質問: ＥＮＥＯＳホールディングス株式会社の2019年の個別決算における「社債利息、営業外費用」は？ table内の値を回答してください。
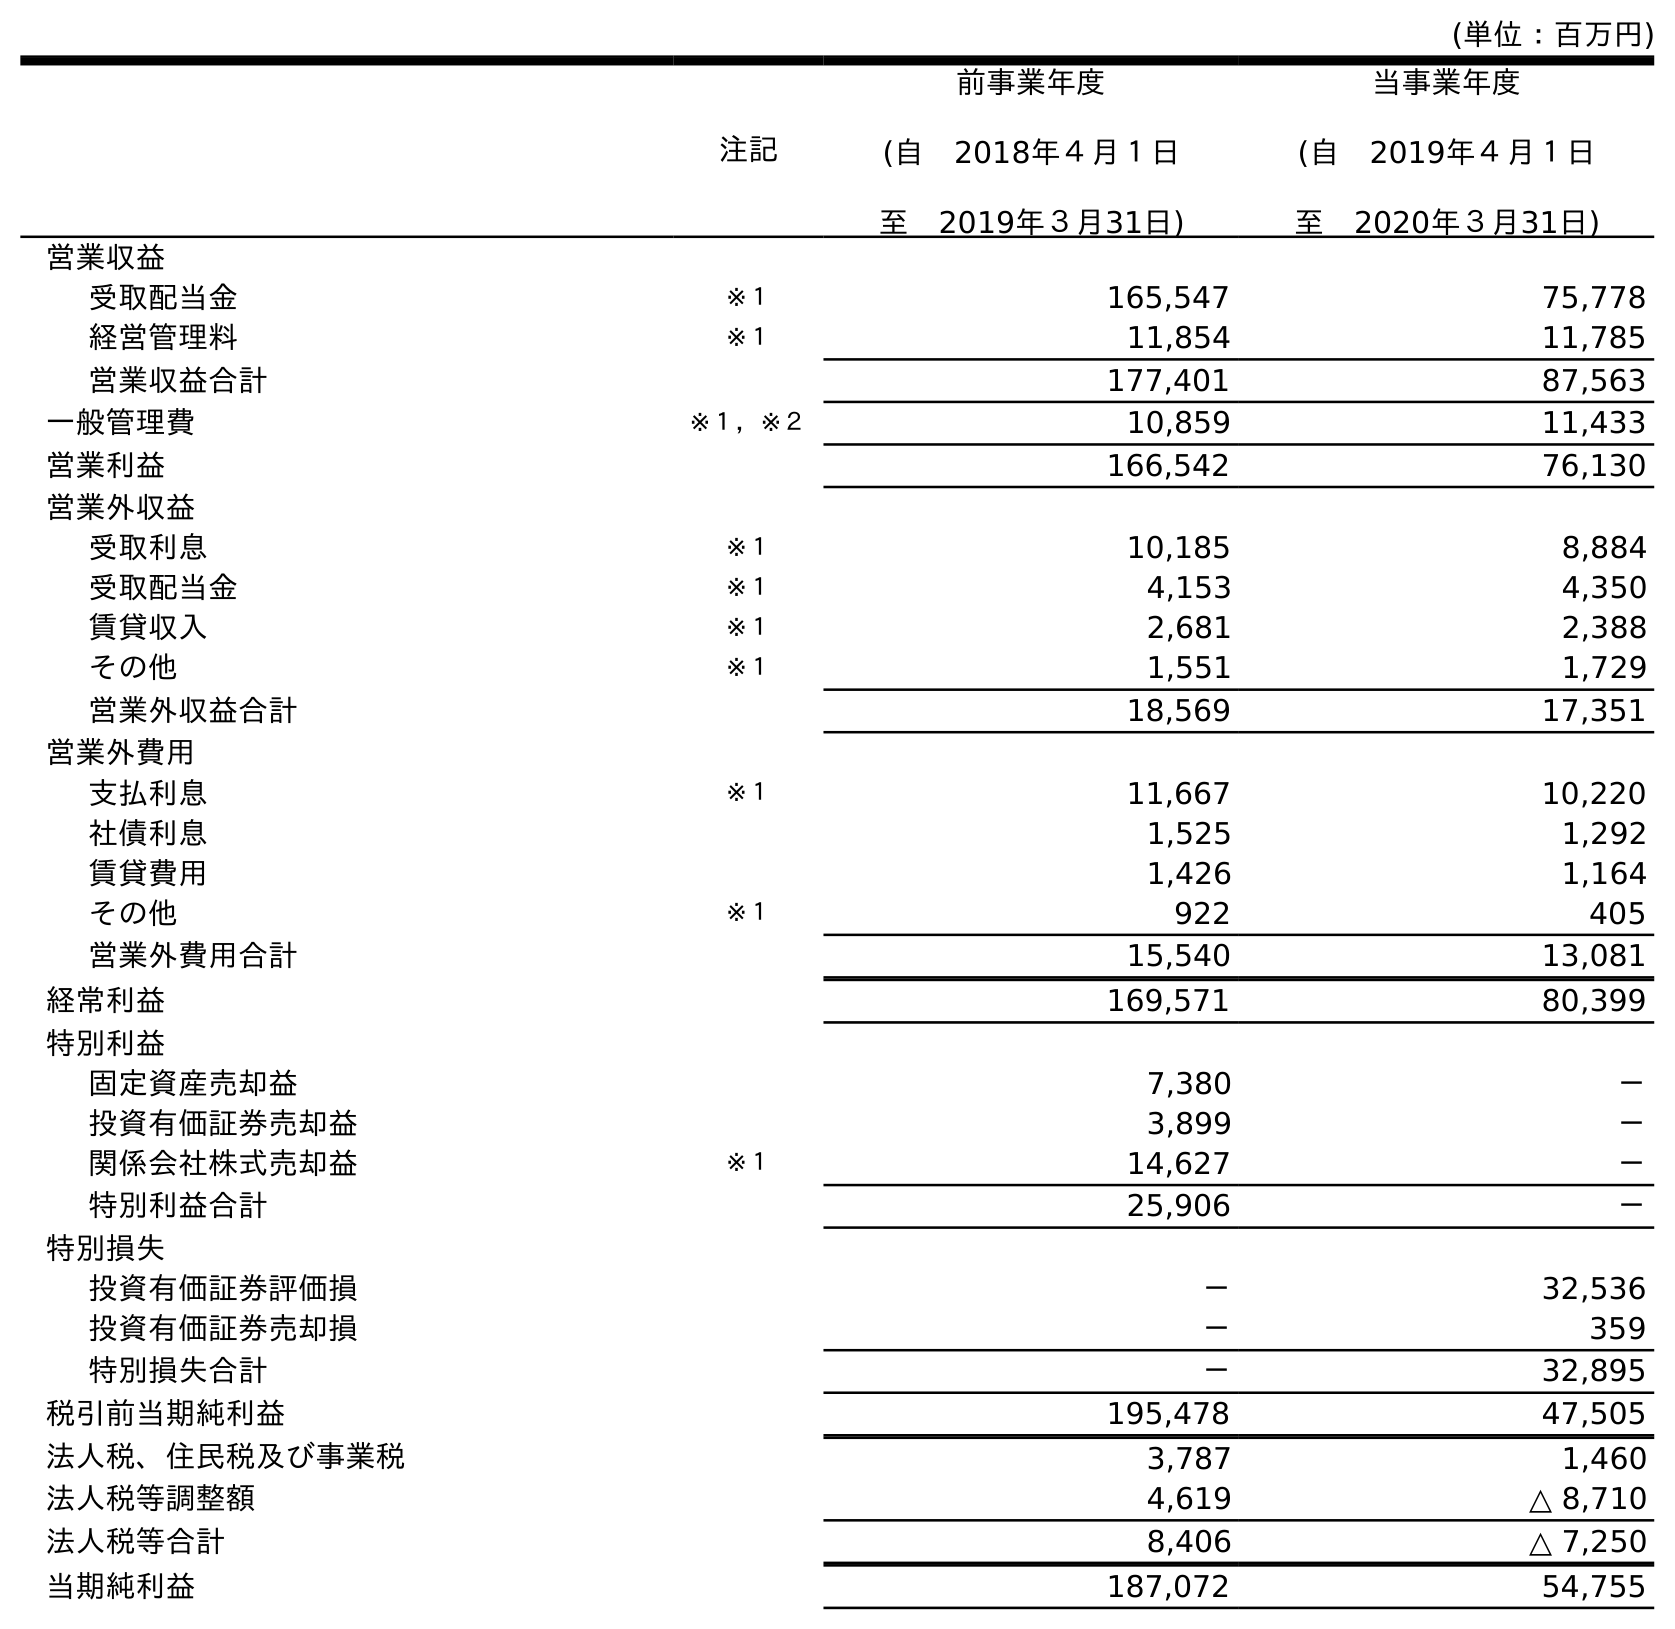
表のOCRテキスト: (単位：百万円) 注記 前事業年度 (自 2018年４月１日 至 2019年３月31日) 当事業年度 (自 2019年４月１日 至 2020年３月31日) 営業収益 受取配当金 ※１ 165,547 75,778 経営管理料 ※１ 11,854 11,785 営業収益合計 177,401 87,563 一般管理費 ※１，※２ 10,859 11,433 営業利益 166,542 76,130 営業外収益 受取利息 ※１ 10,185 8,884 受取配当金 ※１ 4,153 4,350 賃貸収入 ※１ 2,681 2,388 その他 ※１ 1,551 1,729 営業外収益合計 18,569 17,351 営業外費用 支払利息 ※１ 11,667 10,220 社債利息 1,525 1,292 賃貸費用 1,426 1,164 その他 ※１ 922 405 営業外費用合計 15,540 13,081 経常利益 169,571 80,399 特別利益 固定資産売却益 7,380 － 投資有価証券売却益 3,899 － 関係会社株式売却益 ※１ 14,627 － 特別利益合計 25,906 － 特別損失 投資有価証券評価損 － 32,536 投資有価証券売却損 － 359 特別損失合計 － 32,895 税引前当期純利益 195,478 47,505 法人税、住民税及び事業税 3,787 1,460 法人税等調整額 4,619 △ 8,710 法人税等合計 8,406 △ 7,250 当期純利益 187,072 54,755
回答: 1,525